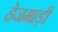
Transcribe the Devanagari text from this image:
हेजमाड़ी